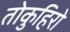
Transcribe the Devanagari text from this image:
तोकुहिरो